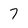
Character: 7